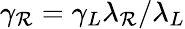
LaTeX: \gamma_{\mathcal{R}}=\gamma_{L}\lambda_{\mathcal{R}}/\lambda_{L}